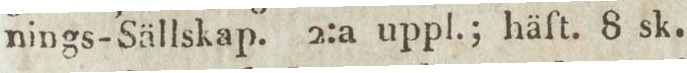
nings-Sällskap. 2:a uppl.; häft. 8 sk.